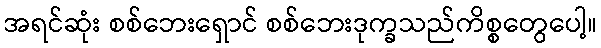
အရင်ဆုံး စစ်ဘေးရှောင် စစ်ဘေးဒုက္ခသည်ကိစ္စတွေပေါ့။